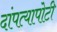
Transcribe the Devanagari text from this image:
दांपत्यापोटी